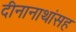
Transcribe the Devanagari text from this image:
दीनानाथांसह